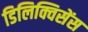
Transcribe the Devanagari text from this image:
डिलिक्विसेंस